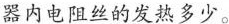
器内电阻丝的发热多少。